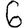
Digit: 6